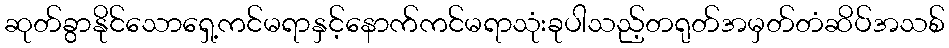
ဆုတ်ခွာနိုင်သောရှေ့ကင်မရာနှင့်နောက်ကင်မရာသုံးခုပါသည့်တရုတ်အမှတ်တံဆိပ်အသစ်